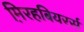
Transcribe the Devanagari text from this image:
म़िरहबियरर्स